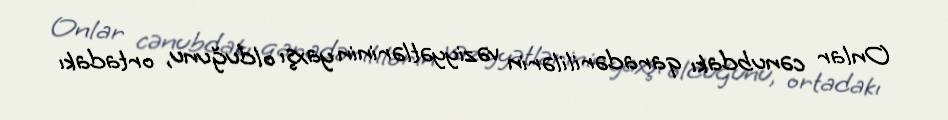
Onlar cənubdakı qaradərililərin vəziyyətlərinin yaxşı olduğunu, ortadakı